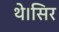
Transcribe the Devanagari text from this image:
थे।सिर